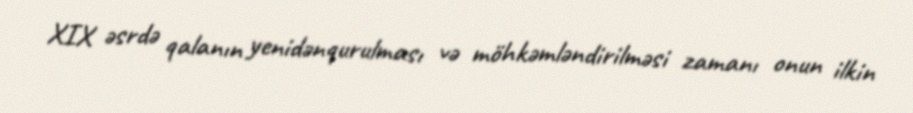
XIX əsrdə qalanın yenidənqurulması və möhkəmləndirilməsi zamanı onun ilkin